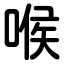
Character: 喉